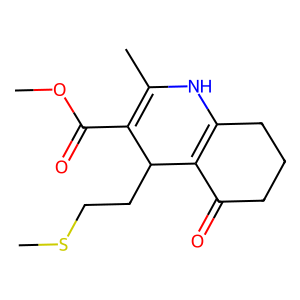
SMILES: COC(=O)C1=C(C)NC2=C(C(=O)CCC2)C1CCSC
Inhibits HIV replication: No